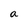
Character: a